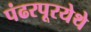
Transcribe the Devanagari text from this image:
पंढरपूरयेथे